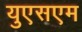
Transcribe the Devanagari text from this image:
युएसएम